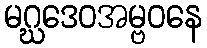
မဂ္ဃဒေဝအမ္ဗဝနေ